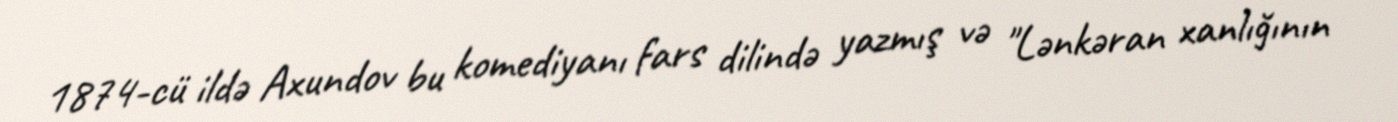
1874-cü ildə Axundov bu komediyanı fars dilində yazmış və "Lənkəran xanlığının